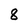
Character: 8